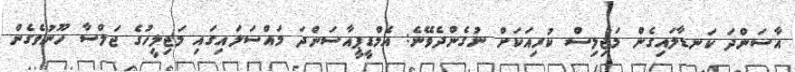
އާސަންދަ ކަނޑާލައިގެން މަޖިލިސް ކުރިއަކަށް ނުގެންދެވޭނެ: އެމްޑީޕީއާސަންދަ މައްސަލައިގައި މަޖިލީހުގެ ޖަލްސާ ހޫނުވެގެން